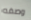
وصفه